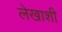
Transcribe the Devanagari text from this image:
लेखाशी